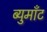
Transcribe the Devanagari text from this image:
ब्युमाँट